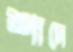
শাদে